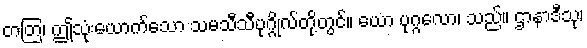
တတြ၊ ဤသုံးယောက်သော သမသီသီပုဂ္ဂိုလ်တို့တွင်။ ယော ပုဂ္ဂလော၊ သည်။ ဌာနာဒီသု၊